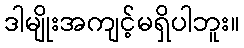
ဒါမျိုးအကျင့်မရှိပါဘူး။